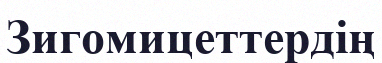
Зигомицеттердің